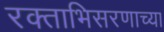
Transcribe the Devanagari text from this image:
रक्ताभिसरणाच्या